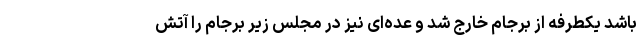
باشد یکطرفه از برجام خارج شد و عده‌ای نیز در مجلس زیر برجام را آتش